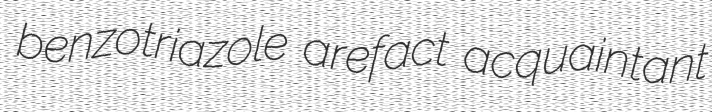
benzotriazole arefact acquaintant